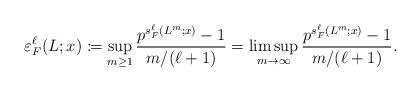
LaTeX: \begin{align*} \varepsilon_F^\ell(L;x) \coloneqq \sup_{m \ge 1} \frac{p^{s_F^\ell(L^m;x)} - 1}{m/(\ell+1)} = \limsup_{m \to \infty} \frac{p^{s_F^\ell(L^m;x)} - 1}{m/(\ell+1)}.\end{align*}